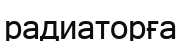
радиаторға